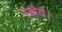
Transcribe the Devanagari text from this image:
स्थैर्य।